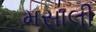
મસાલી